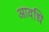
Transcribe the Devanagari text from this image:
आवधि